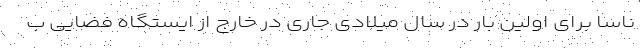
ناسا برای اولین بار در سال میلادی جاری در خارج از ایستگاه فضایی ب